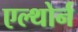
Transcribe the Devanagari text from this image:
एल्थोर्न